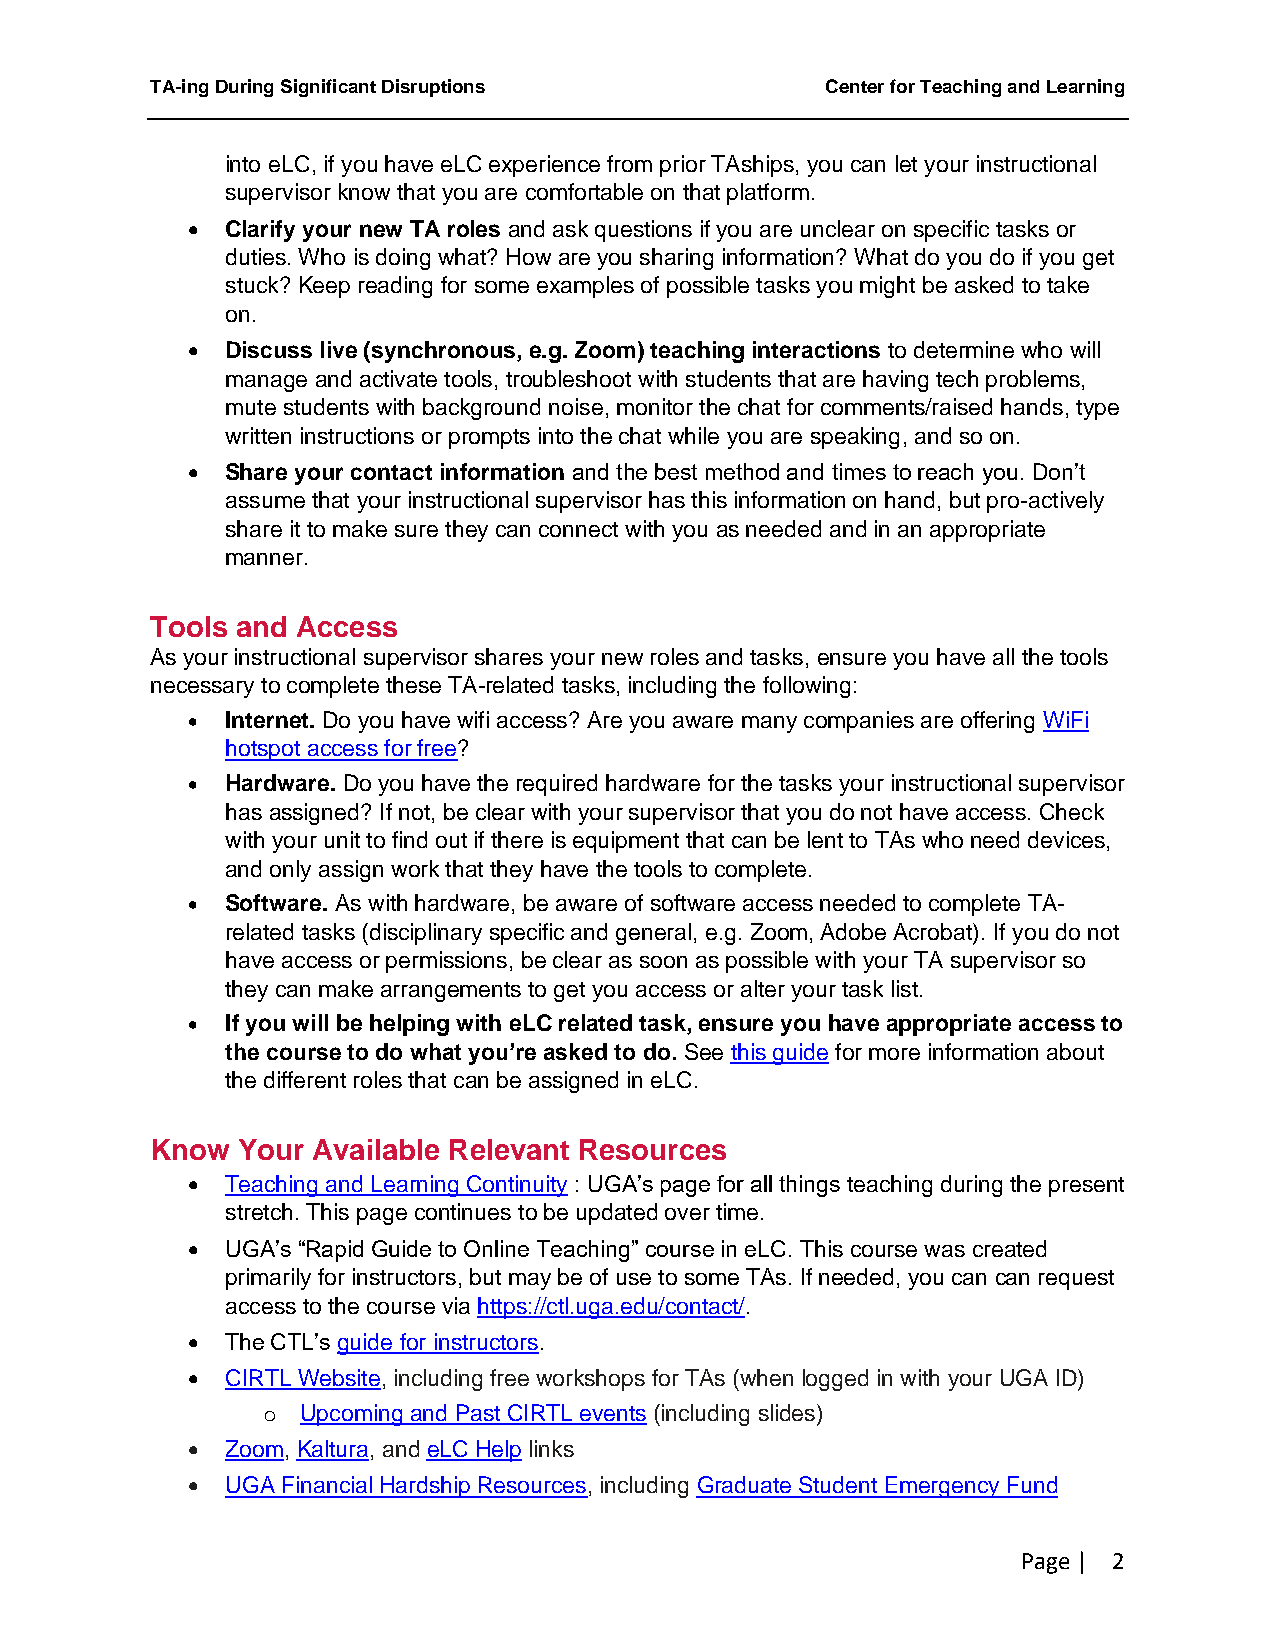
TA-ing During Significant Disruptions        Center for Teaching and Learning
 into eLC, if you have eLC experience from prior TAships, you can let your instructional
 supervisor know that you are comfortable on that platform.
 •  Clarify your new TA roles and ask questions if you are unclear on specific tasks or
 duties. Who is doing what? How are you sharing information? What do you do if you get
 stuck? Keep reading for some examples of possible tasks you might be asked to take
 on.
 •  Discuss live (synchronous, e.g. Zoom) teaching interactions to determine who will
 manage and activate tools, troubleshoot with students that are having tech problems,
 mute students with background noise, monitor the chat for comments/raised hands, type
 written instructions or prompts into the chat while you are speaking, and so on.
 •  Share your contact information and the best method and times to reach you. Don’t
 assume that your instructional supervisor has this information on hand, but pro-actively
 share it to make sure they can connect with you as needed and in an appropriate
 manner.
 Tools and Access
 As your instructional supervisor shares your new roles and tasks, ensure you have all the tools
 necessary to complete these TA-related tasks, including the following:
 •  Internet. Do you have wifi access? Are you aware many companies are offering WiFi
 hotspot access for free?
 •  Hardware. Do you have the required hardware for the tasks your instructional supervisor
 has assigned? If not, be clear with your supervisor that you do not have access. Check
 with your unit to find out if there is equipment that can be lent to TAs who need devices,
 and only assign work that they have the tools to complete.
 •  Software. As with hardware, be aware of software access needed to complete TA-
 related tasks (disciplinary specific and general, e.g. Zoom, Adobe Acrobat). If you do not
 have access or permissions, be clear as soon as possible with your TA supervisor so
 they can make arrangements to get you access or alter your task list.
 •  If you will be helping with eLC related task, ensure you have appropriate access to
 the course to do what you’re asked to do. See this guide for more information about
 the different roles that can be assigned in eLC.
 Know  Your Available Relevant Resources
 •  Teaching and Learning Continuity : UGA’s page for all things teaching during the present
 stretch. This page continues to be updated over time.
 •  UGA’s “Rapid Guide to Online Teaching” course in eLC. This course was created
 primarily for instructors, but may be of use to some TAs. If needed, you can can request
 access to the course via https://ctl.uga.edu/contact/.
 •  The CTL’s guide for instructors.
 •  CIRTL Website, including free workshops for TAs (when logged in with your UGA ID)
 o  Upcoming and Past CIRTL events (including slides)
 •  Zoom, Kaltura, and eLC Help links
 •  UGA Financial Hardship Resources, including Graduate Student Emergency Fund
 Page | 2